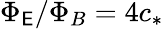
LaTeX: \Phi_{\mathsf{E}}/\Phi_{B}=4c_{*}